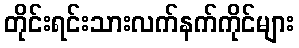
တိုင်းရင်းသားလက်နက်ကိုင်များ